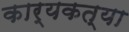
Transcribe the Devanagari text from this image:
कार्यकत्या